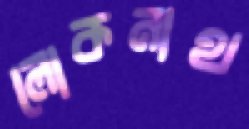
লোকনাথ